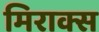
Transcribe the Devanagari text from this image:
मिराक्स